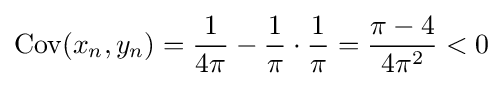
\operatorname {Cov} (x_{n},y_{n})={\frac {1}{4\pi }}-{\frac {1}{\pi }}\cdot {\frac {1}{\pi }}={\frac {\pi -4}{4\pi ^{2}}}<0